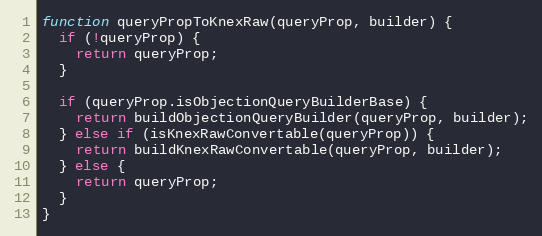
Language: JavaScript
function queryPropToKnexRaw(queryProp, builder) {
  if (!queryProp) {
    return queryProp;
  }

  if (queryProp.isObjectionQueryBuilderBase) {
    return buildObjectionQueryBuilder(queryProp, builder);
  } else if (isKnexRawConvertable(queryProp)) {
    return buildKnexRawConvertable(queryProp, builder);
  } else {
    return queryProp;
  }
}